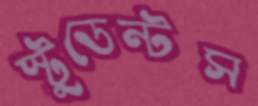
স্টুডেন্টস